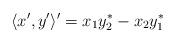
LaTeX: \begin{align*} \langle x', y' \rangle' = x_1 y_2^* - x_2 y_1^*\end{align*}